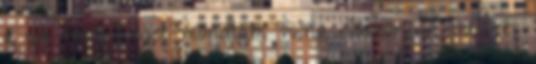
a sok színűséget mondtam volna először. A pult és